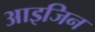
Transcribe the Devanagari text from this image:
आइजिन